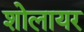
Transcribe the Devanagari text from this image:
शोलायर